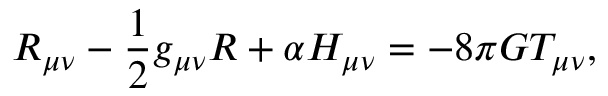
R _ { \mu \nu } - \frac { 1 } { 2 } g _ { \mu \nu } R + \alpha H _ { \mu \nu } = - 8 \pi G T _ { \mu \nu } ,